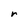
Character: r